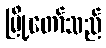
မြို့တော်သည်